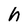
Character: h